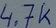
Text: 4,7k